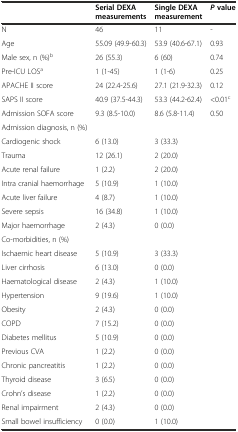
<table><thead><tr><td></td><td><b>Serial DEXA measurements</b></td><td><b>Single DEXA measurement</b></td><td><b><i>P</i>value</b></td></tr></thead><tbody><tr><td>N</td><td>46</td><td>11</td><td>-</td></tr><tr><td>Age</td><td>55.09 (49.9-60.3)</td><td>53.9 (40.6-67.1)</td><td>0.93</td></tr><tr><td>Male sex, n (%)<sup>b</sup></td><td>26 (55.3)</td><td>6 (60)</td><td>0.74</td></tr><tr><td>Pre-ICU LOS<sup>a</sup></td><td>1 (1-45)</td><td>1 (1-6)</td><td>0.25</td></tr><tr><td>APACHE II score</td><td>24 (22.4-25.6)</td><td>27.1 (21.9-32.3)</td><td>0.12</td></tr><tr><td>SAPS II score</td><td>40.9 (37.5-44.3)</td><td>53.3 (44.2-62.4)</td><td>&lt;0.01<sup>c</sup></td></tr><tr><td>Admission SOFA score</td><td>9.3 (8.5-10.0)</td><td>8.6 (5.8-11.4)</td><td>0.50</td></tr><tr><td>Admission diagnosis, n (%)</td><td></td><td></td><td></td></tr><tr><td>Cardiogenic shock</td><td>6 (13.0)</td><td>3 (33.3)</td><td></td></tr><tr><td>Trauma</td><td>12 (26.1)</td><td>2 (20.0)</td><td></td></tr><tr><td>Acute renal failure</td><td>1 (2.2)</td><td>2 (20.0)</td><td></td></tr><tr><td>Intra cranial haemorrhage</td><td>5 (10.9)</td><td>1 (10.0)</td><td></td></tr><tr><td>Acute liver failure</td><td>4 (8.7)</td><td>1 (10.0)</td><td></td></tr><tr><td>Severe sepsis</td><td>16 (34.8)</td><td>1 (10.0)</td><td></td></tr><tr><td>Major haemorrhage</td><td>2 (4.3)</td><td>0 (0.0)</td><td></td></tr><tr><td>Co-morbidities, n (%)</td><td></td><td></td><td></td></tr><tr><td>Ischaemic heart disease</td><td>5 (10.9)</td><td>3 (33.3)</td><td></td></tr><tr><td>Liver cirrhosis</td><td>6 (13.0)</td><td>0 (0.0)</td><td></td></tr><tr><td>Haematological disease</td><td>2 (4.3)</td><td>1 (10.0)</td><td></td></tr><tr><td>Hypertension</td><td>9 (19.6)</td><td>1 (10.0)</td><td></td></tr><tr><td>Obesity</td><td>2 (4.3)</td><td>0 (0.0)</td><td></td></tr><tr><td>COPD</td><td>7 (15.2)</td><td>0 (0.0)</td><td></td></tr><tr><td>Diabetes mellitus</td><td>5 (10.9)</td><td>0 (0.0)</td><td></td></tr><tr><td>Previous CVA</td><td>1 (2.2)</td><td>0 (0.0)</td><td></td></tr><tr><td>Chronic pancreatitis</td><td>1 (2.2)</td><td>0 (0.0)</td><td></td></tr><tr><td>Thyroid disease</td><td>3 (6.5)</td><td>0 (0.0)</td><td></td></tr><tr><td>Crohn’s disease</td><td>1 (2.2)</td><td>0 (0.0)</td><td></td></tr><tr><td>Renal impairment</td><td>2 (4.3)</td><td>0 (0.0)</td><td></td></tr><tr><td>Small bowel insufficiency</td><td>0 (0.0)</td><td>1 (10.0)</td><td></td></tr></tbody></table>